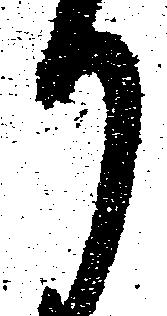
り